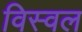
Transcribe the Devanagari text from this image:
विस्वल